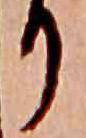
り